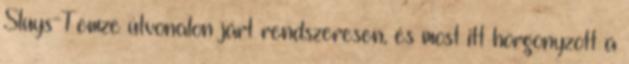
Sluys-Temze útvonalon járt rendszeresen, és most itt horgonyzott a